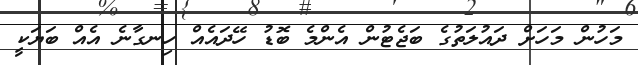
މަހުން މަހަށް ދައުލަތުގެ ބަޖެޓުން އެންމެ ބޮޑު ހޭދައެއް ހިނގާނެ އެއް ބަޔަކީ